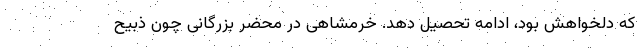
که دلخواهش بود، ادامه تحصیل دهد. خرمشاهی در محضر بزرگانی چون ذبیح